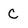
Character: C